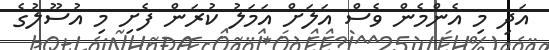
އަދި މި އެންމެން ވެސް އަލަށް އަމަލު ކުރަން ފެށި މި އުސޫލުގެ